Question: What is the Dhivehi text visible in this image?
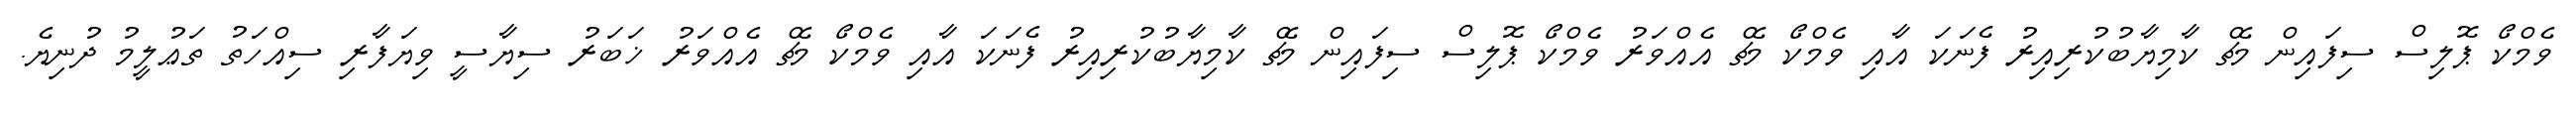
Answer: ވެމްކޯ ޕޮލިސް ސިފައިން މެޗް ކާމިޔާބުކުރިއިރު ފެނަކަ އާއި ވެމްކޯ މެޗް އެއްވަރު ވެމްކޯ ޕޮލިސް ސިފައިން މެޗް ކާމިޔާބުކުރިއިރު ފެނަކަ އާއި ވެމްކޯ މެޗް އެއްވަރު ޚަބަރު ސިޔާސީ ވިޔަފާރި ސިއްހަތު ތަޢުލީމު ދުނިޔެ.